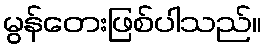
မွန်တေးဖြစ်ပါသည်။